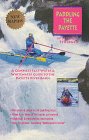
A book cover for Paddling the Payette; Stephen Stuebner; Travel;